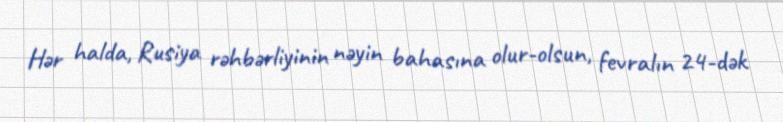
Hər halda, Rusiya rəhbərliyinin nəyin bahasına olur-olsun, fevralın 24-dək